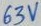
Text: 63V